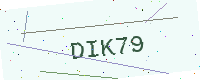
Text: DIK79